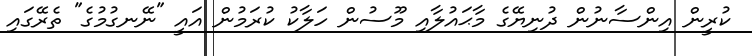
ކުރީން އިންސާނުން ދުނިޔޭގެ މާޙައުލާއި މޫސުން ހަލާކު ކުރަމުން އައީ "ނޭނގުމުގެ" ތެރޭގައި